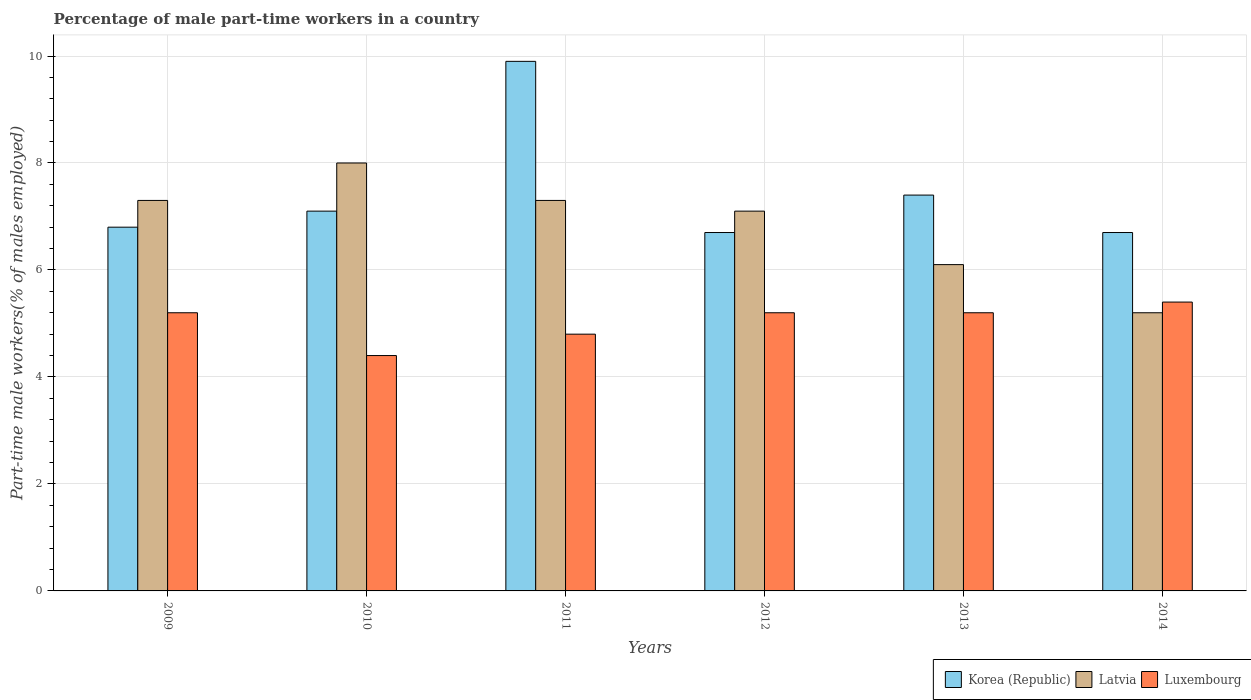
| Years | Korea (Republic) | Latvia | Luxembourg |
 | --- | --- | --- | --- |
 | 2009 | 6.8 | 7.3 | 5.2 |
 | 2010 | 7.1 | 8 | 4.4 |
 | 2011 | 9.9 | 7.3 | 4.8 |
 | 2012 | 6.7 | 7.1 | 5.2 |
 | 2013 | 7.4 | 6.1 | 5.2 |
 | 2014 | 6.7 | 5.2 | 5.4 |